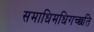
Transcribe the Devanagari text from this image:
समाधिमधिगच्छति